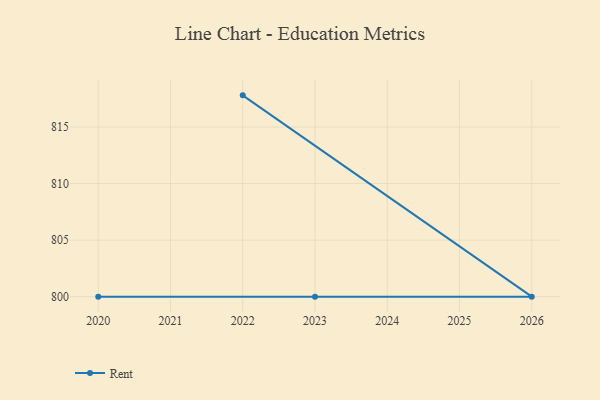
{"axis": {"x": "Year", "y": "Budget (USD K)"}, "legend": ["Rent"], "data": [{"x": "2022", "y": 817.8, "type": "Rent"}, {"x": "2026", "y": 800, "type": "Rent"}, {"x": "2020", "y": 800, "type": "Rent"}, {"x": "2023", "y": 800, "type": "Rent"}]}